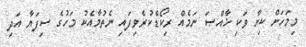
މިމަހަށް ކިޔާ ވަކި ޚާއްޞަ ނަމެއް ރިކޯޑްކުރެވިފައި ނެތުމާއެކު މަހުގެ ސިފަޔާ އަދި